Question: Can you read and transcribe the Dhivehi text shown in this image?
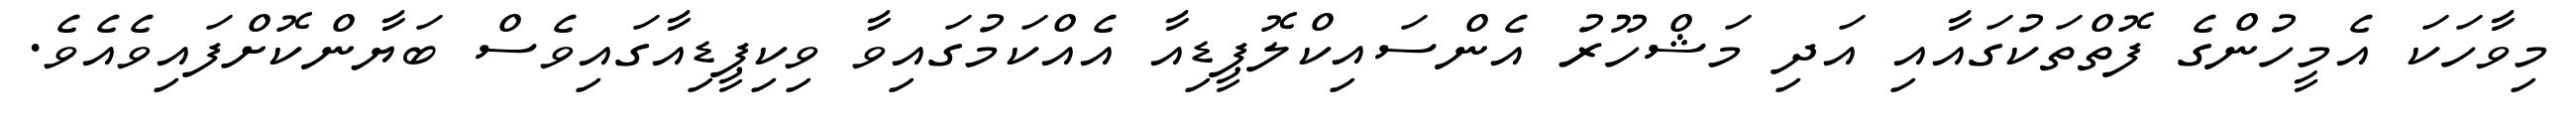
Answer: މިވާހަކަ އެމީހުންގެ ފޮތްތަކުގައާއި އަދި މަޝްހޫރު އެންސައިކްލޮޕީޑިއާ އެއްކަމުގައިވާ ވިކިޕީޑިއާގައިވެސް ބަޔާންކޮށްފައިވެއެވެ.